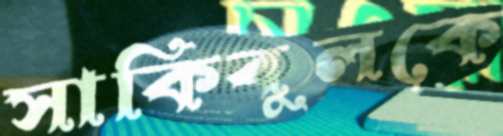
সাকিবুলকে